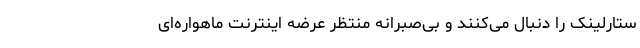
ستارلینک را دنبال می‌کنند و بی‌صبرانه منتظر عرضه‌ اینترنت ماهواره‌ای